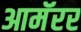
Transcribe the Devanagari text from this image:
आमॅरर